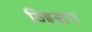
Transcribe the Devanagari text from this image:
व्ह्रिसन